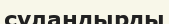
суландырды